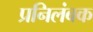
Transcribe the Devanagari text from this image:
प्रनिलंबक